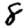
Digit: 8